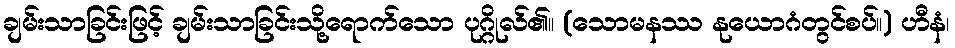
ချမ်းသာခြင်းဖြင့် ချမ်းသာခြင်းသို့ရောက်သော ပုဂ္ဂိုလ်၏။ (သောမနဿ နုယောဂံတွင်စပ်။) ဟီနံ၊